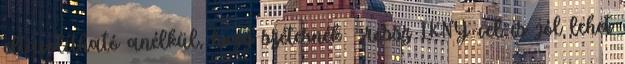
eltávolítható anélkül, hogy szétesnék „rossz IKNY-vel is jól lehet